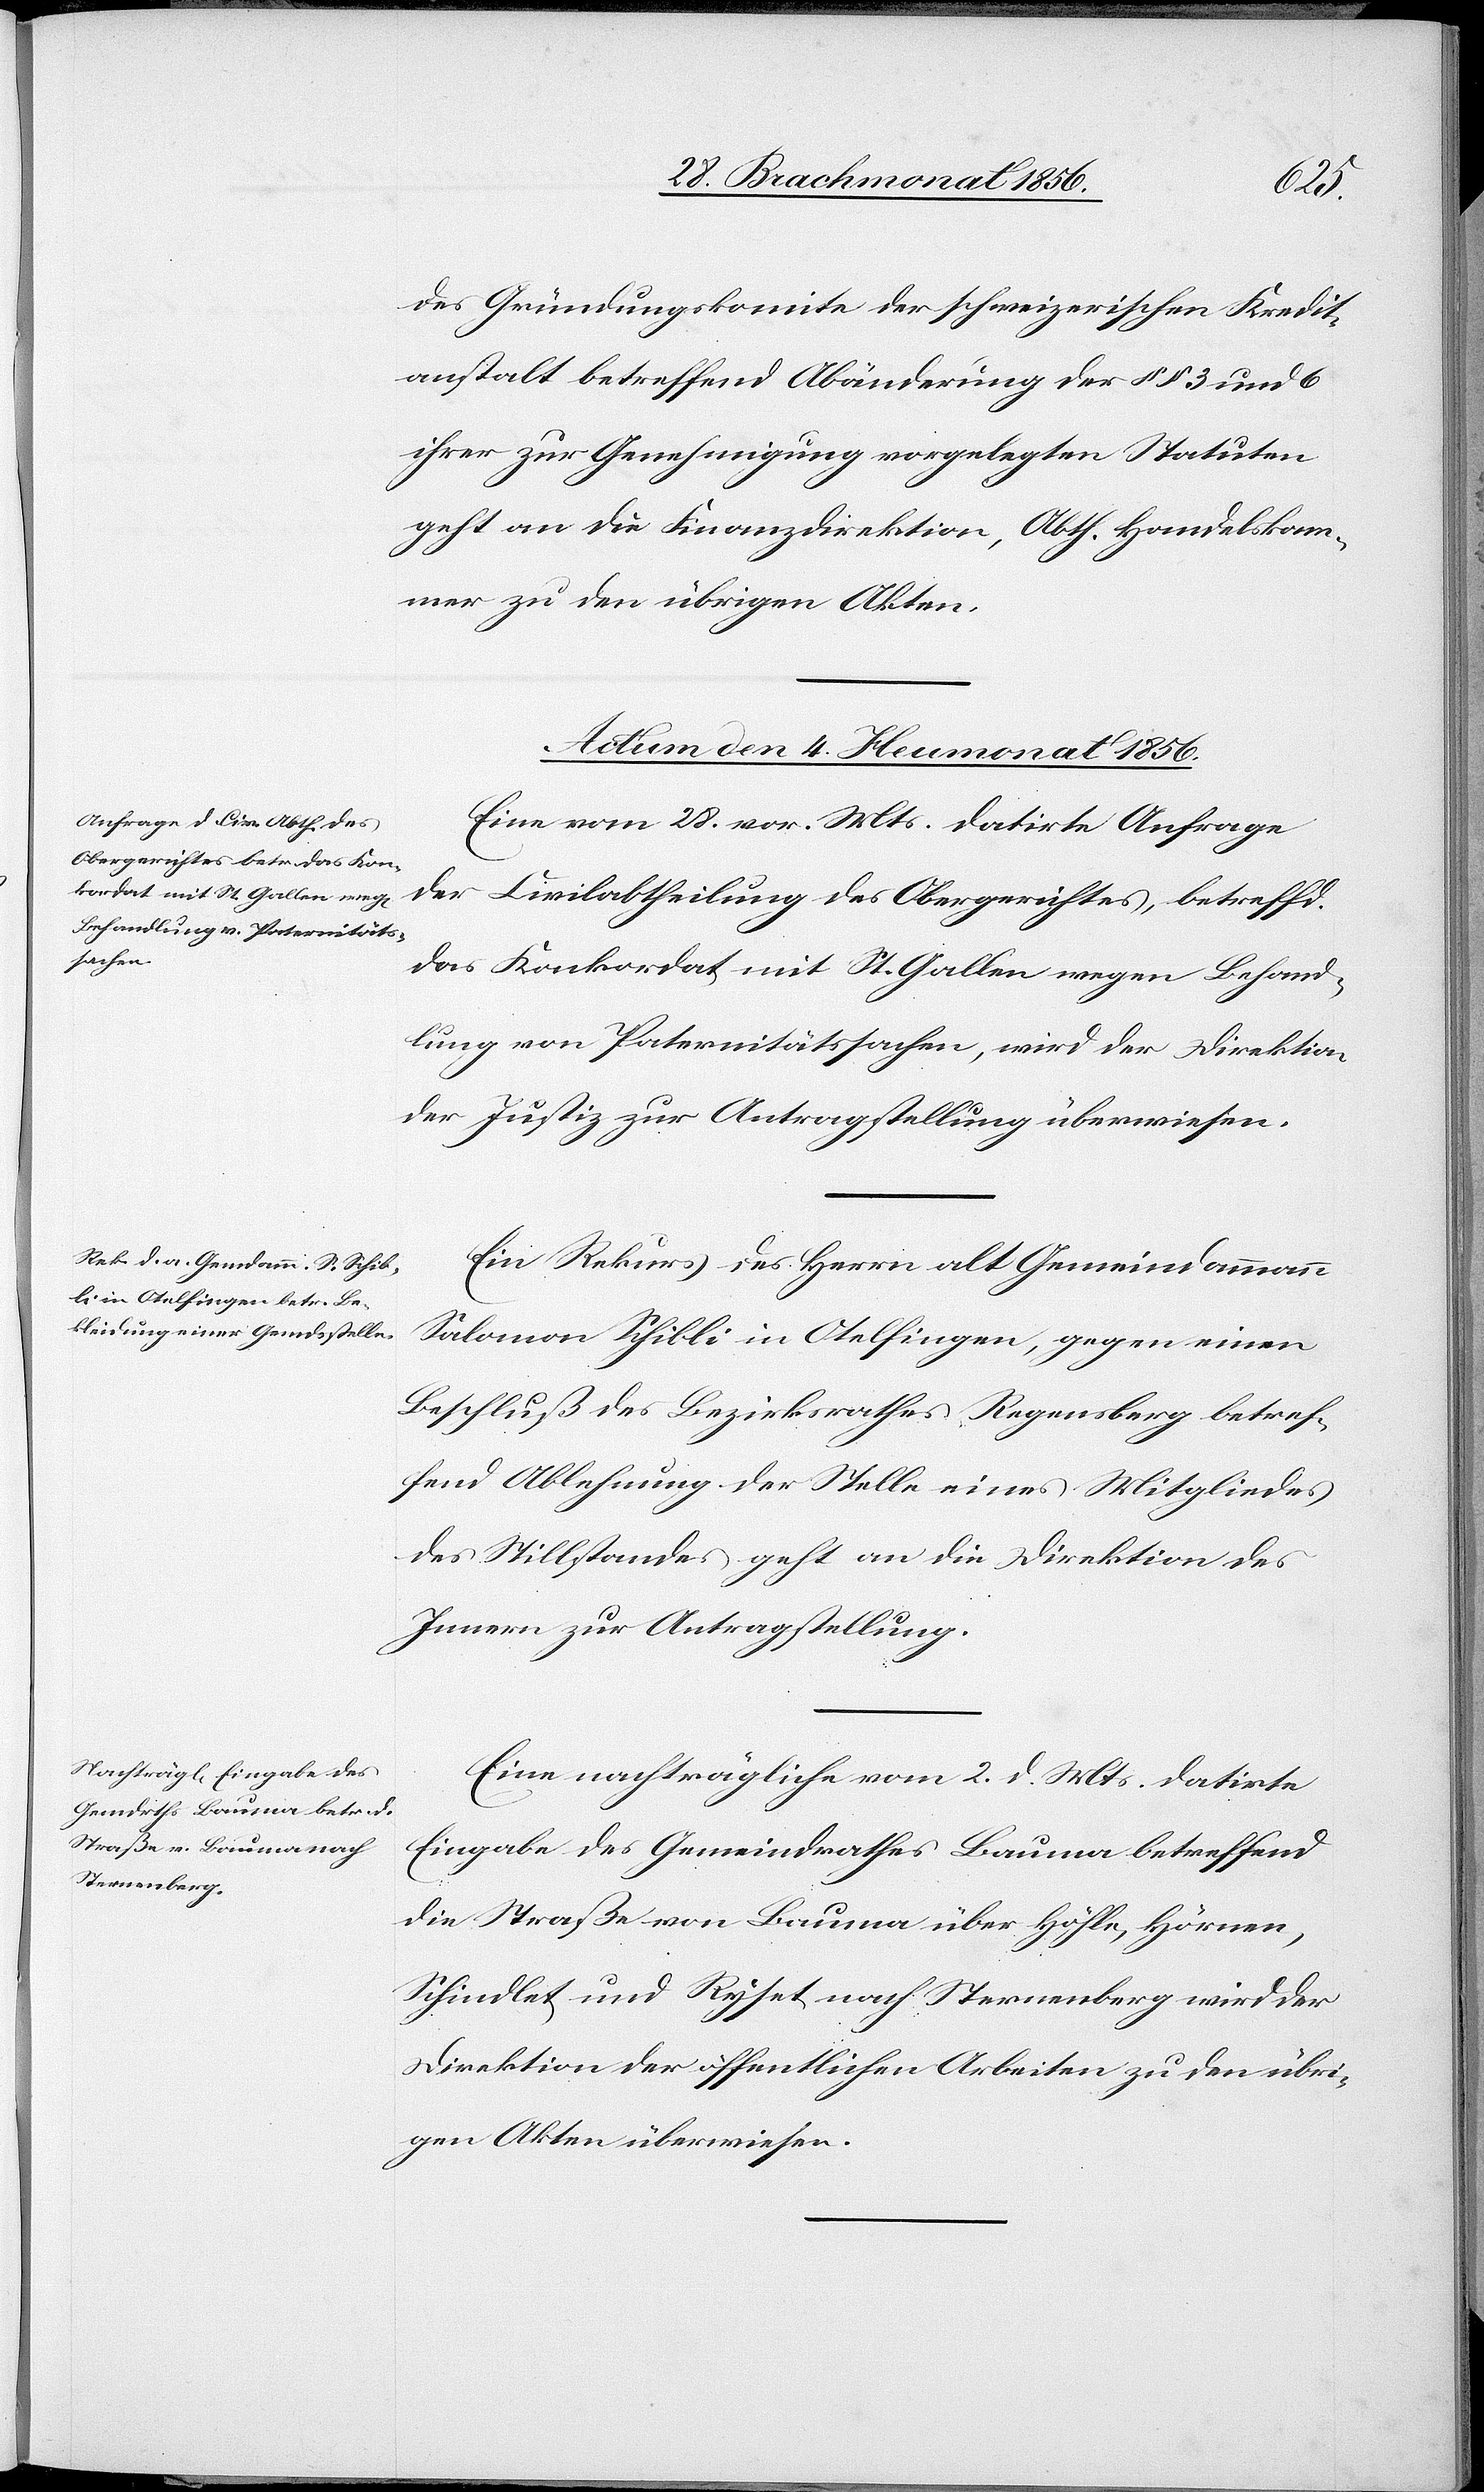
des Gründungskomite der schweizerischen Kredit¬
anstalt betreffend Abänderung der §§ 3 und 6
ihrer zur Genehmigung vorgelegten Statuten
geht an die Finanzdirektion, Abth. Handelskam¬
mer zu den übrigen Akten.
Actum den 4. Heumonat 1856.]
Eine vom 28. vor. Mts. datirte Anfrage
der Civilabtheilung des Obergerichtes, betreffd.
das Konkordat mit St. Gallen wegen Behand¬
lung von Paternitätssachen, wird der Direktion
der Justiz zur Antragstellung überwiesen.
Ein Rekurs des Herrn alt Gemeindammann
Salomon Schibli in Otelfingen, gegen einen
Beschluß des Bezirksrathes Regensberg betref¬
fend Ablehnung der Stelle eines Mitgliedes
des Stillstandes geht an die Direktion des
Innern zur Antragstellung.
Eine nachträgliche vom 2. d. Mts. datirte
Eingabe des Gemeindrathes Bauma betreffend
die Straße von Bauma über Höhle, Hörnen,
Schindlet und Ryset nach Sternenberg wird der
Direktion der öffentlichen Arbeiten zu den übri¬
gen Akten überwiesen.